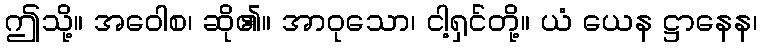
ဤသို့။ အဝေါစ၊ ဆို၏။ အာဝုသော၊ ငါ့ရှင်တို့။ ယံ ယေန ဋ္ဌာနေန၊